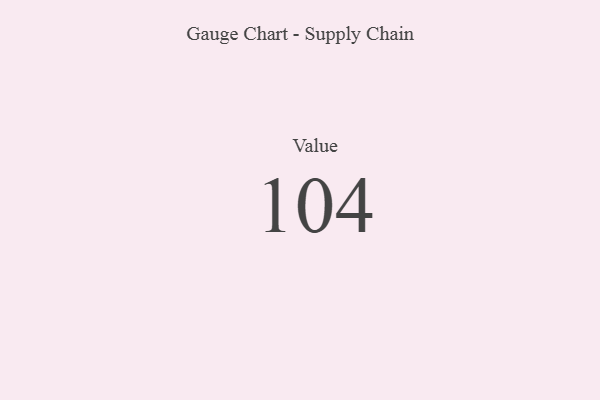
{"axis": {"x": "Metric", "y": "Value"}, "legend": [""], "data": [{"x": "Value", "y": 104, "type": ""}]}